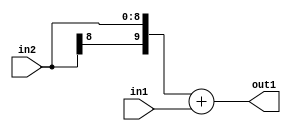
`timescale 1ps / 1ps
/*****************************************************************************
    Verilog RTL Description
    
    
    Created by: Stratus DpOpt 2019.1.01 
*******************************************************************************/

module DC_Filter_Add_9Sx2U_10S_1 (
	in2,
	in1,
	out1
	); /* architecture "behavioural" */ 
input [8:0] in2;
input [1:0] in1;
output [9:0] out1;
wire [9:0] asc001;

assign asc001 = 
	+({in2[8], in2})
	+(in1);

assign out1 = asc001;
endmodule

/* CADENCE  ubHwQws= : u9/ySgnWtBlWxVPRXgAZ4Og= ** DO NOT EDIT THIS LINE ******/